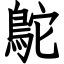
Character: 鴕